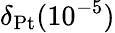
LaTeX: \delta_{\mathrm{Pt}}(10^{-5})